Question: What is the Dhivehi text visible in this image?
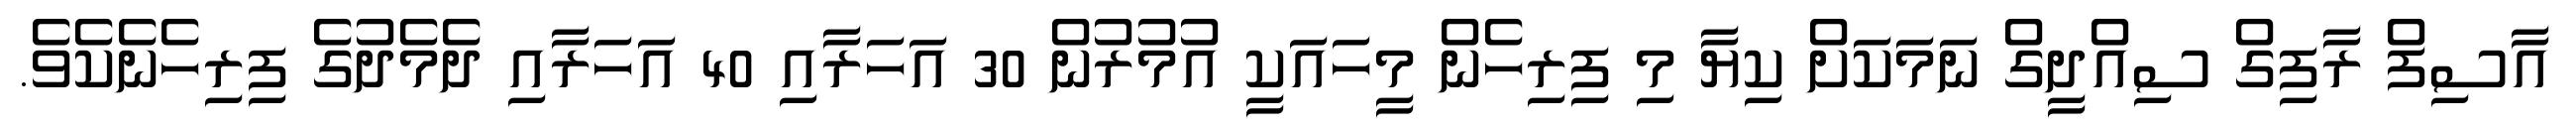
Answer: އާސިފް ރާފިގް ސިއްދީގް ނަމަކަށް ކިޔާ މި ފިރިހެން މީހައަކީ އުމުރުން 30 އަހަރާއި 40 އަހަރާއި ދެމެދުގެ ފިރިހެނެކެވެ.